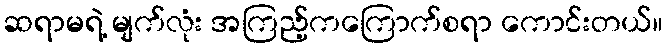
ဆရာမရဲ့ မျက်လုံး အကြည့်ကကြောက်စရာ ကောင်းတယ်။